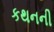
કથનની